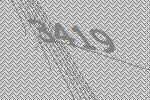
3419